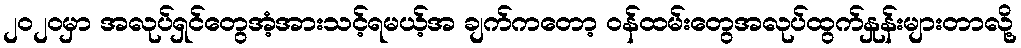
၂၀၂၀မှာ အလုပ်ရှင်တွေအံ့အားသင့်ရမယ့်အ ချက်ကတော့ ဝန်ထမ်းတွေအလုပ်ထွက်နှုန်းများတာလို့